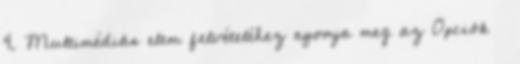
4. Multimédiás elem felvételéhez nyomja meg az Opciók →